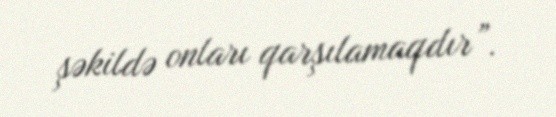
şəkildə onları qarşılamaqdır”.